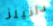
دانيلز